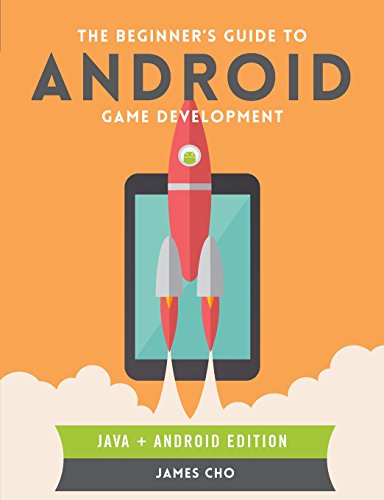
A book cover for The Beginner's Guide to Android Game Development; James S. Cho; Computers & Technology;